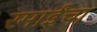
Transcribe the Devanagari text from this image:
रमाईंचा